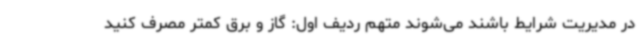
در مدیریت شرایط باشند می‌شوند متهم ردیف اول: گاز و برق کمتر مصرف کنید